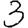
Digit: 3